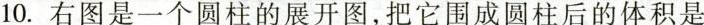
10.右图是一个圆柱的展开图，把它围成圆柱后的体积是